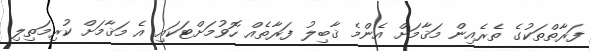
ފަރާތްތަކުގެ ތެރެއިން މަޤާމަށް އެންމެ ޤާބިލު ފަރާތެއް ހޮވުމަށްޓަކައި އެ މަޤާމަށް ކުރިމަތިލި